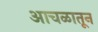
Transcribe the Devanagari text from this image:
आचळातून